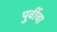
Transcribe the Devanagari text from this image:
पुर्वीचा